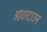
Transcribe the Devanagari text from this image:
ओवरटाउन